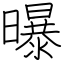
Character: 曝